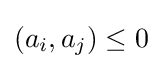
(a_{i},a_{j})\leq 0